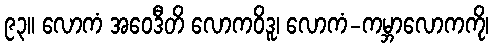
၉၃။ လောကံ အဝေဒီတိ လောကဝိဒူ၊ လောကံ-ကမ္ဘာလောကကို၊